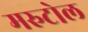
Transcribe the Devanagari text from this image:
मरुटोल